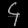
Digit: ၄